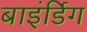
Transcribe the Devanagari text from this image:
बाइंर्डिग